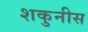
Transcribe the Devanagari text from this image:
शकुनीस